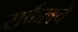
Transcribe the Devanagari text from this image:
सर्कलचे